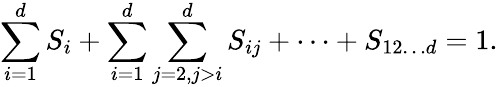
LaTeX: \sum_{i=1}^{d}S_{i}+\sum_{i=1}^{d}\sum_{j=2,j>i}^{d}S_{ij}+\cdots+S_{12\ldots d}=1.